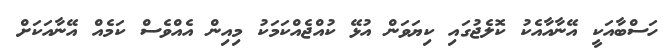
ހަސްބާއަކީ އޭނާއާއެކު ކޮލެޖުގައި ކިޔަވަން އުޅޭ ކުއްޖެއްކަމަކު މިއިން އެއްވެސް ކަމެއް އޭނާއަކަށް